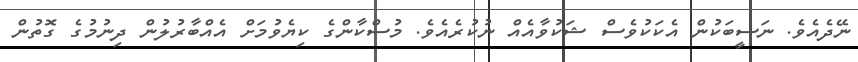
ނޭދެއެވެ. ނަސީބަކުން އެކަކުވެސް ޝަކުވާއެއް ނުކުރެއެވެ. މުސްކާންގެ ކިޔެވުމަށް އެއްބާރުލުން ދިނުމުގެ ގޮތުން